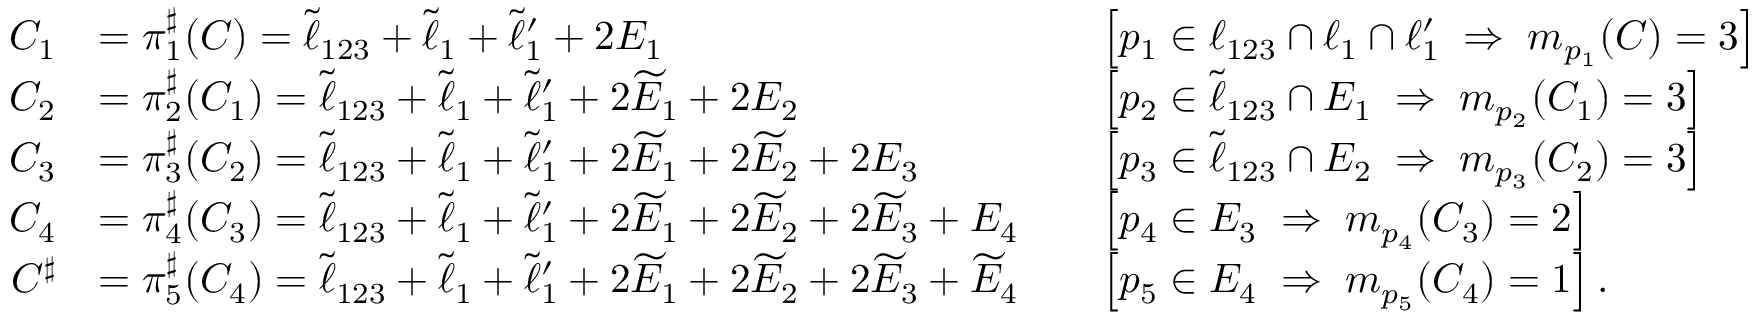
\begin{array} { r l r l } { C _ { 1 } } & { = \pi _ { 1 } ^ { \sharp } ( C ) = \widetilde { \ell } _ { 1 2 3 } + \widetilde { \ell } _ { 1 } + \widetilde { \ell } _ { 1 } ^ { \prime } + 2 E _ { 1 } } & & { \left[ p _ { 1 } \in \ell _ { 1 2 3 } \cap \ell _ { 1 } \cap \ell _ { 1 } ^ { \prime } \; \Rightarrow \; m _ { p _ { 1 } } ( C ) = 3 \right] } \\ { C _ { 2 } } & { = \pi _ { 2 } ^ { \sharp } ( C _ { 1 } ) = \widetilde { \ell } _ { 1 2 3 } + \widetilde { \ell } _ { 1 } + \widetilde { \ell } _ { 1 } ^ { \prime } + 2 \widetilde { E } _ { 1 } + 2 E _ { 2 } } & & { \left[ p _ { 2 } \in \widetilde { \ell } _ { 1 2 3 } \cap E _ { 1 } \; \Rightarrow \; m _ { p _ { 2 } } ( C _ { 1 } ) = 3 \right] } \\ { C _ { 3 } } & { = \pi _ { 3 } ^ { \sharp } ( C _ { 2 } ) = \widetilde { \ell } _ { 1 2 3 } + \widetilde { \ell } _ { 1 } + \widetilde { \ell } _ { 1 } ^ { \prime } + 2 \widetilde { E } _ { 1 } + 2 \widetilde { E } _ { 2 } + 2 E _ { 3 } } & & { \left[ p _ { 3 } \in \widetilde { \ell } _ { 1 2 3 } \cap E _ { 2 } \; \Rightarrow \; m _ { p _ { 3 } } ( C _ { 2 } ) = 3 \right] } \\ { C _ { 4 } } & { = \pi _ { 4 } ^ { \sharp } ( C _ { 3 } ) = \widetilde { \ell } _ { 1 2 3 } + \widetilde { \ell } _ { 1 } + \widetilde { \ell } _ { 1 } ^ { \prime } + 2 \widetilde { E } _ { 1 } + 2 \widetilde { E } _ { 2 } + 2 \widetilde { E } _ { 3 } + E _ { 4 } } & & { \left[ p _ { 4 } \in E _ { 3 } \; \Rightarrow \; m _ { p _ { 4 } } ( C _ { 3 } ) = 2 \right] } \\ { C ^ { \sharp } } & { = \pi _ { 5 } ^ { \sharp } ( C _ { 4 } ) = \widetilde { \ell } _ { 1 2 3 } + \widetilde { \ell } _ { 1 } + \widetilde { \ell } _ { 1 } ^ { \prime } + 2 \widetilde { E } _ { 1 } + 2 \widetilde { E } _ { 2 } + 2 \widetilde { E } _ { 3 } + \widetilde { E } _ { 4 } } & & { \left[ p _ { 5 } \in E _ { 4 } \; \Rightarrow \; m _ { p _ { 5 } } ( C _ { 4 } ) = 1 \right] . } \end{array}